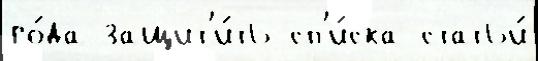
го́да защит'и́ть сп'и́ска статьи́